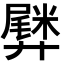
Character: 𫸡